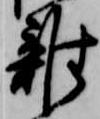
雑